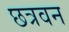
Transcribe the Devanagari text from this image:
छत्रवन